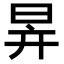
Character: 𣅹